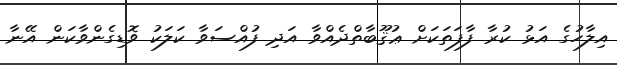
އިލާހުގެ އަޅު ކުރާ ފާފަތަކަށް ޢުޤޫބާތްދެއްވާ އަދި ފުއްސަވާާ ކަލަކު ވޮޑިގެންވާކަން އޭނާ